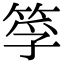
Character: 筟